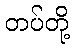
တပ်တို့